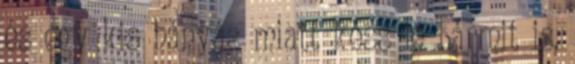
és egy kis hányás miatt késs le bármit is.